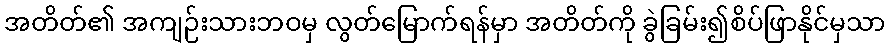
အတိတ်၏ အကျဉ်းသားဘဝမှ လွတ်မြောက်ရန်မှာ အတိတ်ကို ခွဲခြမ်း၍စိပ်ဖြာနိုင်မှသာ